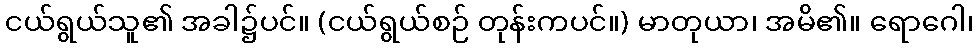
ငယ်ရွယ်သူ၏ အခါ၌ပင်။ (ငယ်ရွယ်စဉ် တုန်းကပင်။) မာတုယာ၊ အမိ၏။ ရောဂေါ၊